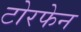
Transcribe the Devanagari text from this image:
टोरफेन